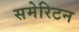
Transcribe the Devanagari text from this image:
समेरिटन